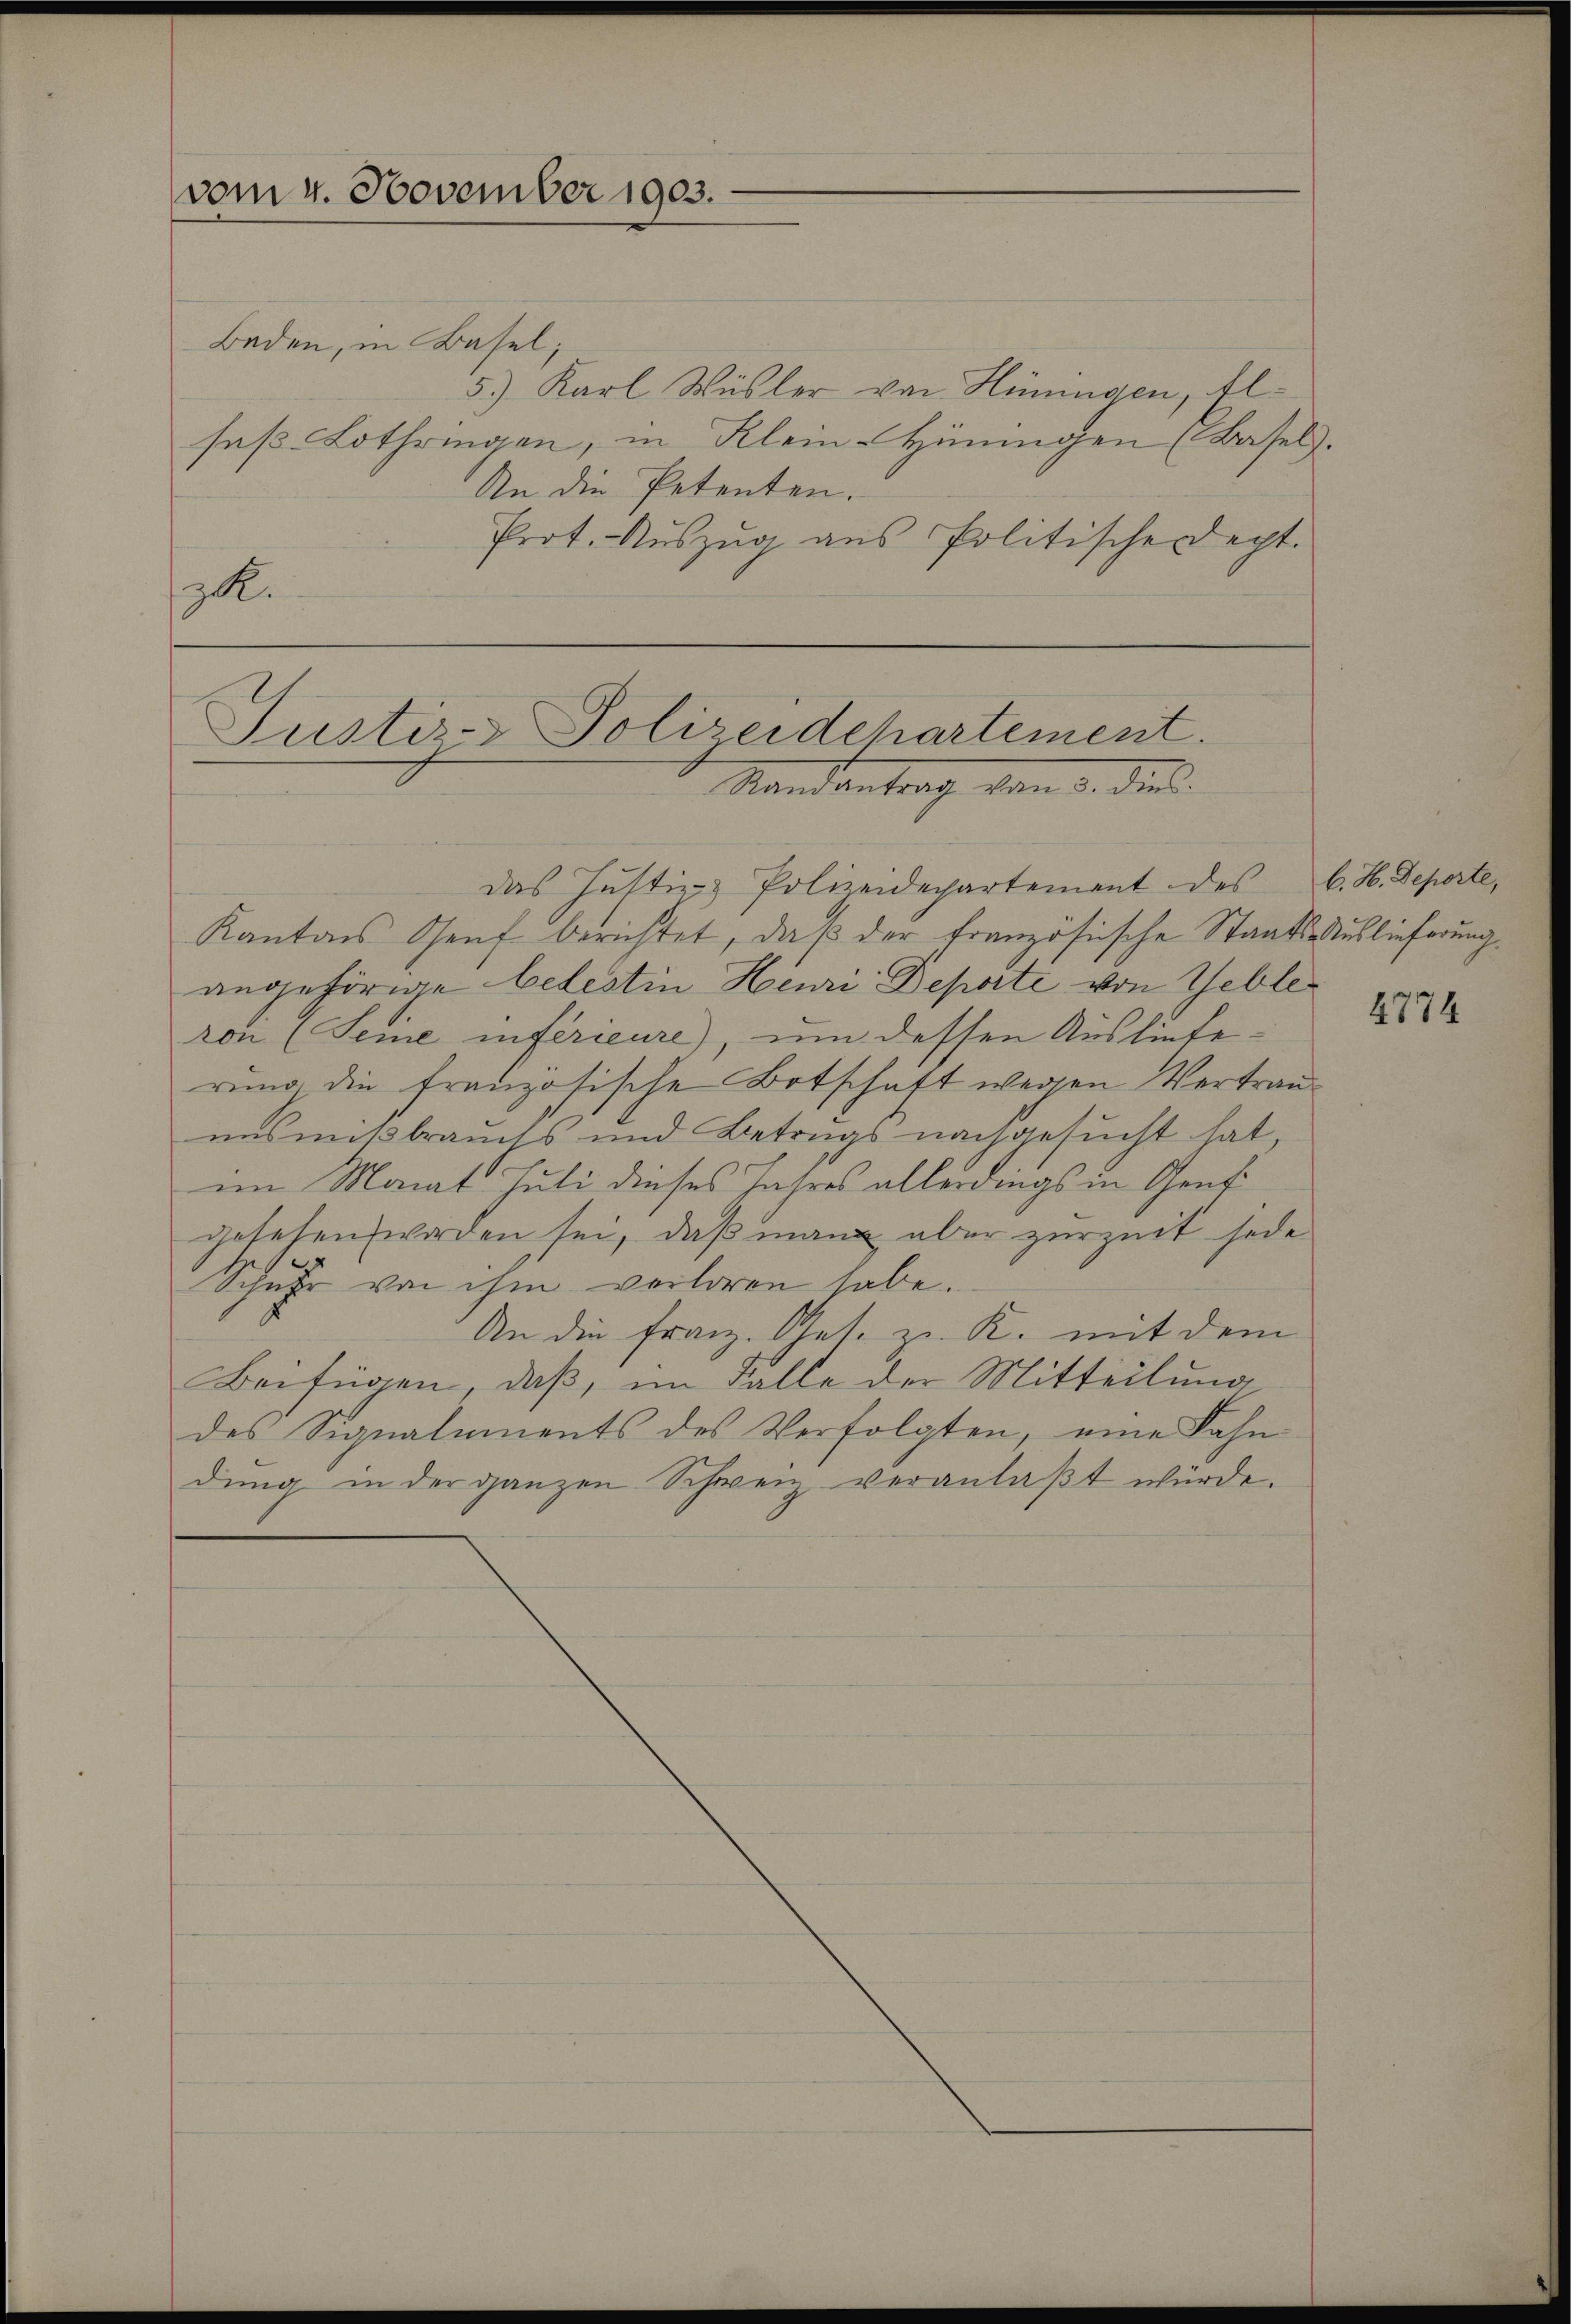
vom 4. November 1903.

Baden, in Basel;
5.) Karl Wüsler von Hüningen, Elfaß Lothringen, in Klein-Hüningen (Basel.
An die Petenten.
Prot. Aŭszŭg aŭs Politische Sept.
R.

Justiz- Polizeidehartement.
Mandantrag von 3. dies

das Justiz- Polizeidepartement des C. H. Deperte,
Kantons Genf berichtet, daß der französische Staats-Auslieferung
angehörige belestin Henri Deporte von Gebleron (Seine inférieure), um dessen Auslieferung die französische Botschaft wegen Vertrauunsmißbrauchs und Betrugs nachgesucht hat,
im Monat Juli dieses Jahres allerdings in Gensgesehen worden sei, daß man aber zurzeit jede
Schuhr von ihm verloren habe.
An die Franz. Ges. zu K. mit dem
Beifügen, daß, im Falle der Mitteilung
des Signaluments des Verfolgten, eine Fahn
dung in der ganzen Schweiz veranlaßt würde.

4774